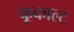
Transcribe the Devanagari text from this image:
फूकाल्ट